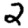
Digit: 2